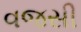
વજસી